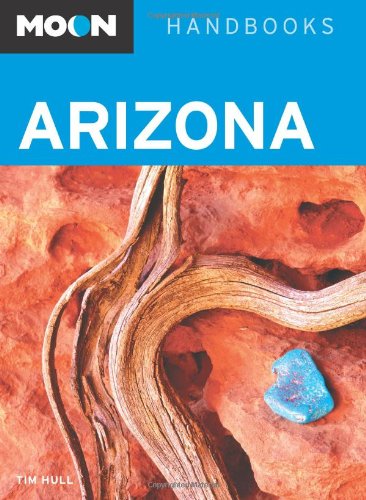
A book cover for Arizona (Moon Handbooks); Tim Hull; Travel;